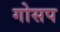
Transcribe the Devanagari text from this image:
गोसप